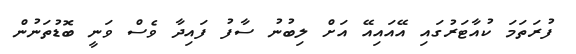
ފުރަތަމަ ކުއާޓަރުގައި އޭއައިއޭ އަށް ލިބުނު ސާފު ފައިދާ ވެސް ވަނީ ބޮޑުތަނުން